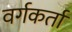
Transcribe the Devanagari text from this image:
वर्गकर्ता